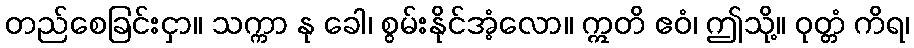
တည်စေခြင်းငှာ။ သက္ကာ နု ခေါ၊ စွမ်းနိုင်အံ့လော။ ဣတိ ဧဝံ၊ ဤသို့။ ဝုတ္တံ ကိရ၊